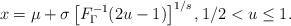
\begin{align*}x=\mu+\sigma\left[F^{-1}_\Gamma(2u-1)\right]^{1/s},1/2 < u \leq 1.\end{align*}